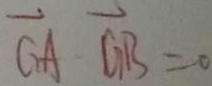
\overrightarrow { G A } \cdot \overrightarrow { G B } = 0